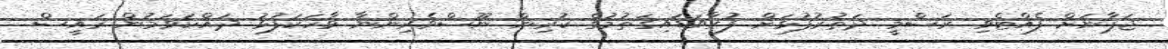
ޖަޕާނަށް ފެއްޓެވި ރަސްމީ ދަތުރުފުޅަށް ފުރާވަޑައިގަތުމުގެ ކުރިން ނޫސްވެރިންނާ ވާހަކަފުޅު ދައްކަވަމުން ރައީސް